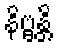
နိဗ္ဗန္တိ